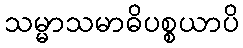
သမ္မာသမာဓိပစ္စယာပိ